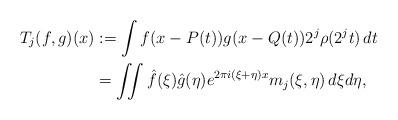
LaTeX: \begin{align*}T_j(f,g)(x)&:=\int f(x-P(t))g(x-Q(t))2^j\rho(2^jt)\,dt \\&=\iint \hat{f}(\xi)\hat{g}(\eta)e^{2\pi i(\xi+\eta)x}m_j(\xi,\eta)\,d\xi d\eta, \end{align*}